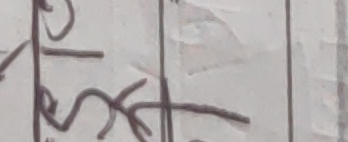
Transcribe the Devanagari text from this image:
२०७९